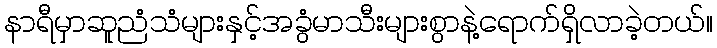
နာရီမှာဆူညံသံများနှင့်အခွံမာသီးများစွာနဲ့ရောက်ရှိလာခဲ့တယ်။